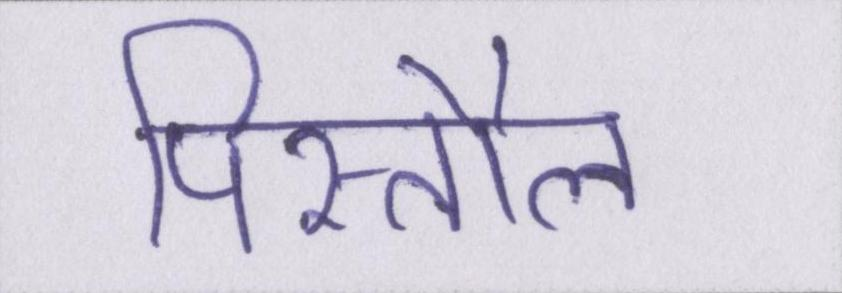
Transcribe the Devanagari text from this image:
पिस्तौल